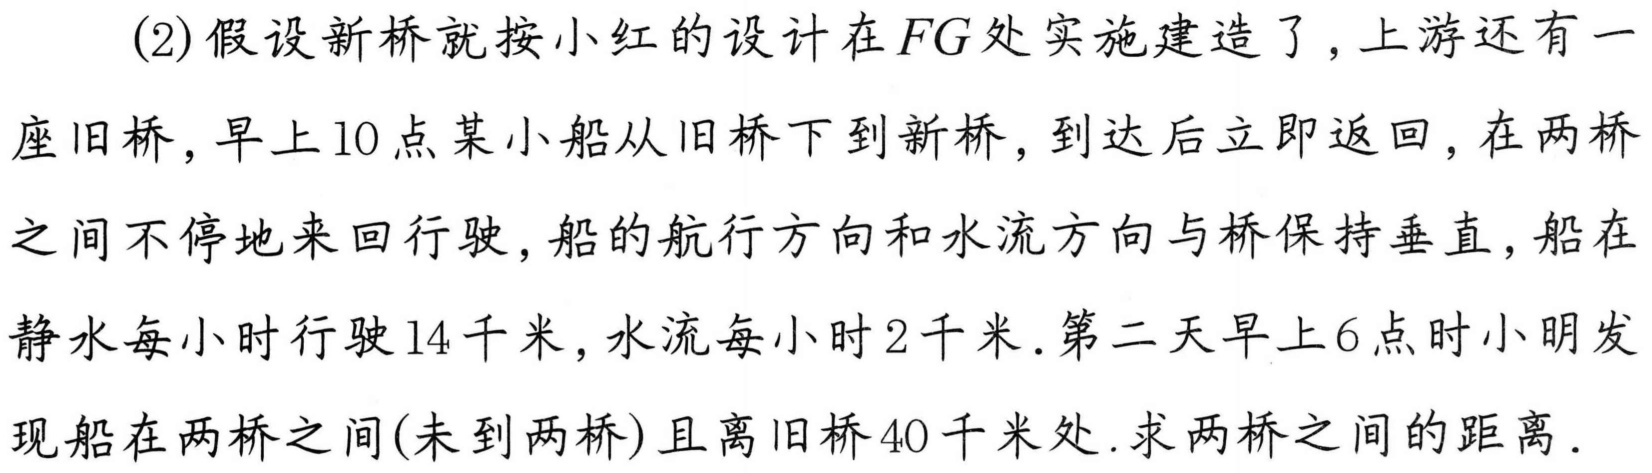
(2)假设新桥就按小红的设计在\(FG\)处实施建造了,上游还有一座旧桥,早上10点某小船从旧桥下到新桥,到达后立即返回,在两桥之间不停地来回行驶,船的航行方向和水流方向与桥保持垂直,船在静水每小时行驶14千米,水流每小时2千米.第二天早上6点时小明发现船在两桥之间(未到两桥)且离旧桥40千米处.求两桥之间的距离.